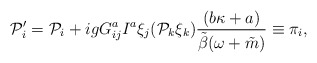
\begin{align*} {\cal P}_i^\prime={\cal P}_i +igG_{ij}^aI^a\xi_j ({\cal P}_k\xi_k)\frac{(b\kappa+a)}{\tilde \beta (\omega + \tilde m)}\equiv\pi_i,\end{align*}